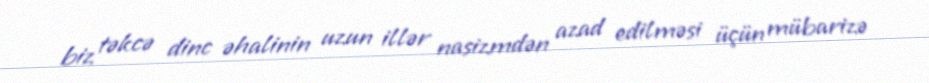
biz təkcə dinc əhalinin uzun illər nasizmdən azad edilməsi üçün mübarizə